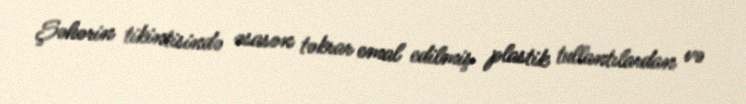
Şəhərin tikintisində əsasən təkrar emal edilmiş plastik tullantılardan və